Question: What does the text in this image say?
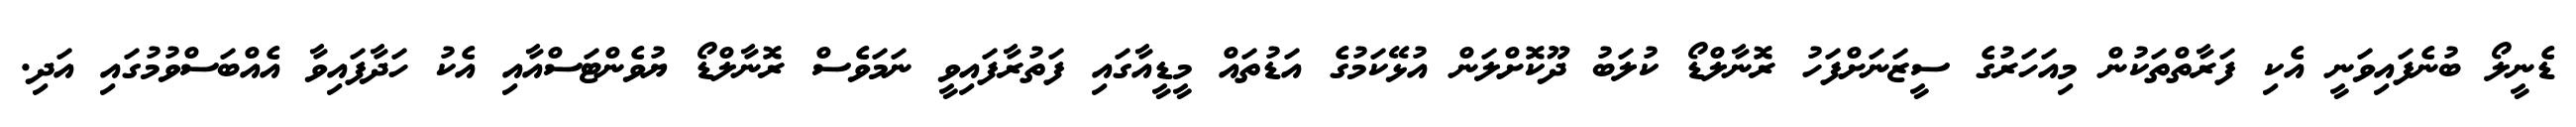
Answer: ޑެނީލޯ ބުނެފައިވަނީ އެކި ފަރާތްތަކުން މިއަހަރުގެ ސީޒަނަށްފަހު ރޮނާލްޑޯ ކުލަބު ދޫކޮށްލަން އުޅޭކަމުގެ އަޑުތައް މީޑީއާގައި ފަތުރާފައިވީ ނަމަވެސް ރޮނާލްޑޯ ޔުވެންޓަސްއާއި އެކު ހަދާފައިވާ އެއްބަސްވުމުގައި އަދި.